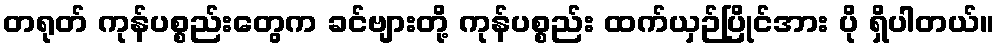
တရုတ် ကုန်ပစ္စည်းတွေက ခင်ဗျားတို့ ကုန်ပစ္စည်း ထက်ယှဉ်ပြိုင်အား ပို ရှိပါတယ်။